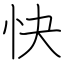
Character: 快